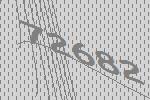
72682